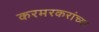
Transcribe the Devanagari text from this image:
करमरकरांच्या